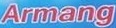
Armang